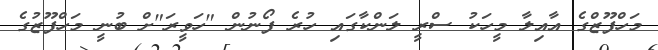
މަހްފޫޒްގެ އާއިލާ މީހަކު ސްރީ ލަންކާގައި ހުރެ ފޯނުން "ހަވީރަ"ށް ބުނީ މަހްފޫޒުގެ